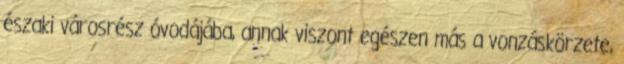
északi városrész óvodájába, annak viszont egészen más a vonzáskörzete,